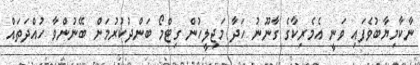
ނާކާމިޔާބުވެފައި ވަނީ އެމެރިކާގެ ގާނޫނު ހަދާ މަޖިލީހުން ގިޓްމޯ ބަންދުކުރުމަށް ބޭނުންވާ ހުއްދަތައް